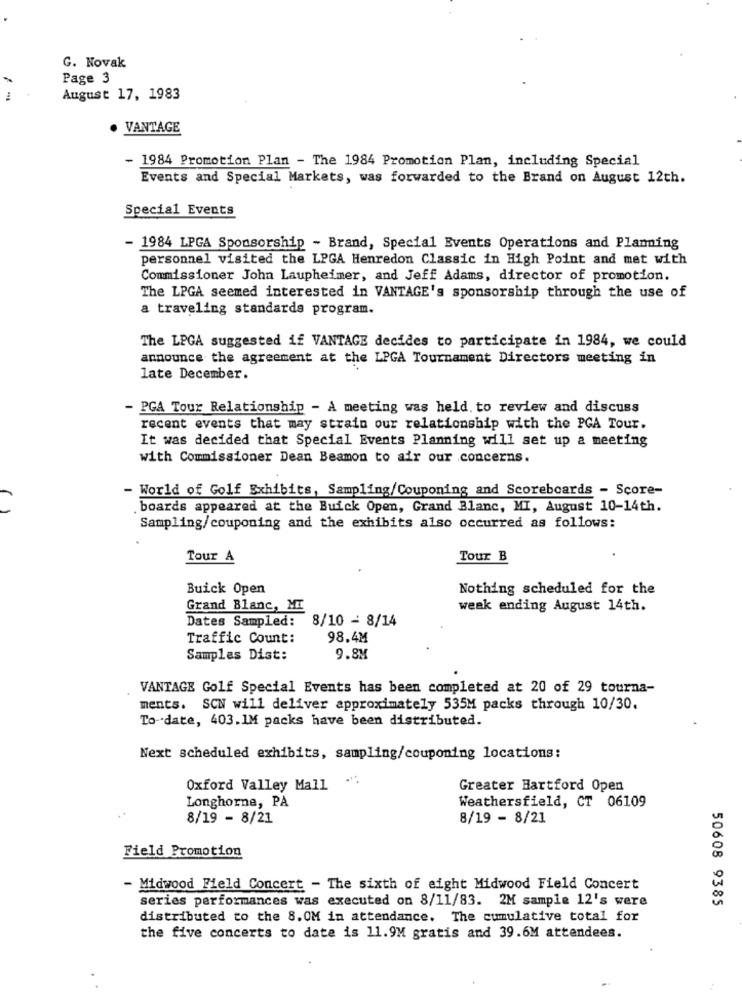
G. Novak
Page 3
August 17, 1983
VANTAGE
- 1984 Promotion Plan - The 1984 Promotion Plan, including Special
Events and Special Markets, was forwarded to the Brand on August 12th.
Special Events
- 1984 LPGA Sponsorship - Brand, Special Events Operations and Planning
personnel visited the LPGA Henredon Classic in High Point and met with
Commissioner John Laupheimer, and Jeff Adams, director of promotion.
The LPGA seemed interested in VANTAGE's sponsorship through the use of
a traveling standards program.
The LPGA suggested if VANTAGE decides to participate in 1984, we could
announce the agreement at the LPGA Tournament Directors meeting in
late December.
- PGA Tour Relationship - A meeting was held. to review and discuss
recent events that may strain our relationship with the PGA Tour.
It was decided that Special Events Planning will set up a meeting
with Commissioner Dean Beamon to air our concerns.
World of Golf Exhibits, Sampling/Couponing and Scoreboards - Score-
boards appeared at the Buick Open, Grand Blanc, MI, August 10-14th.
Sampling/couponing and the exhibits also occurred as follows:
Tour A
Tour B
Buick Open
Nothing scheduled for the
Grand Blanc, MI
weak ending August 14th.
Dates Sampled:
8/10 - 8/14
Traffic Count:
98.4M
Samples Dist:
9.8M
VANTAGE Golf Special Events has been completed at 20 of 29 tourna-
ments. SON will deliver approximately 535M packs through 10/30.
To- date, 403.1M packs have been distributed.
Next scheduled exhibits, sampling/couponing locations:
Oxford Valley Mall
Greater Hartford Open
Longhorne, PA
Weathersfield, CT 06109
8/19 - 8/21
8/19 - 8/21
Field Promotion
- Midwood Field Concert - The sixth of eight Midwood Field Concert
series performances was executed on 8/11/83. 2M sample 12's were
50608 9385
distributed to the 8.OM in attendance. The cumulative total for
the five concerts to date is 11.9M gratis and 39.6M attendees.